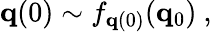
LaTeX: {\mathbf q}(0)\sim f_{{\mathbf q}(0)}({\mathbf q}_{0})\mathrm{~,~}